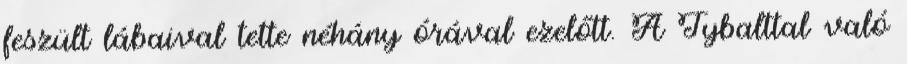
feszült lábaival tette néhány órával ezelőtt. A Tybalttal való